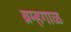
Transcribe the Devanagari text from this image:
ब्रम्हगाळ